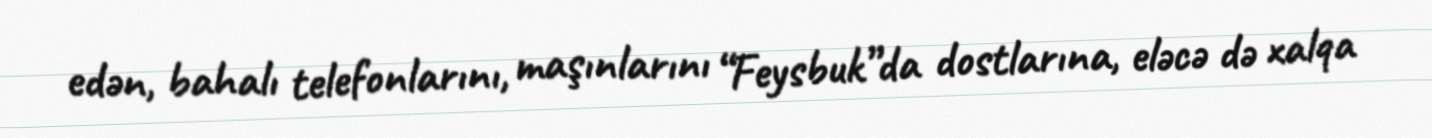
edən, bahalı telefonlarını, maşınlarını “Feysbuk”da dostlarına, eləcə də xalqa